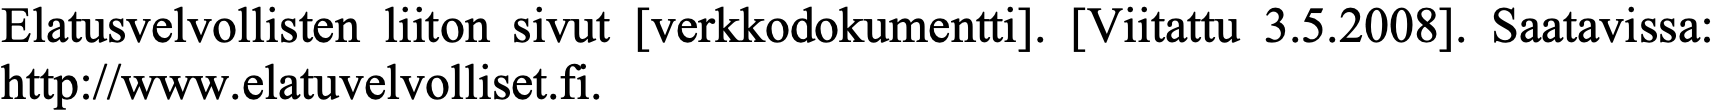
Elatusvelvollisten liiton sivut [verkkodokumentti]. [Viitattu 3.5.2008]. Saatavissa: http://www.elatuvelvolliset.fi.